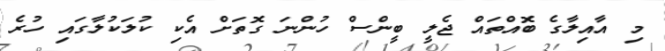
މި އާއިލާގެ ބޮއްތައް ޖެލީ ބީންސް ހުންނަ ގޮތަށް އެކި ކުލަކުލާގައި ހުރެ